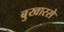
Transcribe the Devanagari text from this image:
बुखारसे